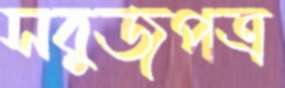
সবুজপত্র